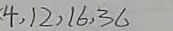
4 , 1 2 , 1 6 , 3 6